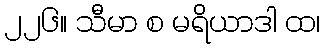
၂၂၆။ သီမာ စ မရိယာဒါ ထ၊